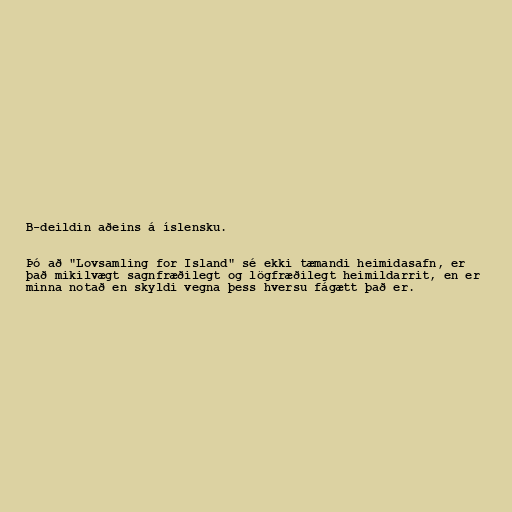
B-deildin aðeins á íslensku.

Þó að "Lovsamling for Island" sé ekki tæmandi heimidasafn, er
það mikilvægt sagnfræðilegt og lögfræðilegt heimildarrit, en er
minna notað en skyldi vegna þess hversu fágætt það er.